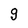
Character: g